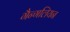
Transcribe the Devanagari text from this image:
गैन्गलियन